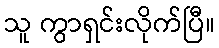
သူ ကွာရှင်းလိုက်ပြီ။